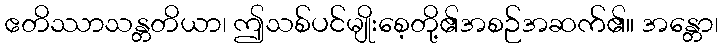
ဧတိဿာသန္တတိယာ၊ ဤသစ်ပင်မျိုးစေ့တို့၏အစဉ်အဆက်၏။ အန္တော၊